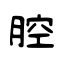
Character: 腔